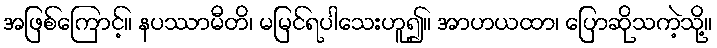
အဖြစ်ကြောင့်။ နပဿာမီတိ၊ မမြင်ရပါသေးဟူ၍။ အာဟယထာ၊ ပြောဆိုသကဲ့သို့။